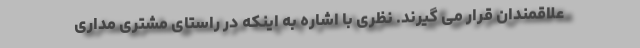
علاقمندان قرار می گیرند. نظری با اشاره به اینکه در راستای مشتری مداری